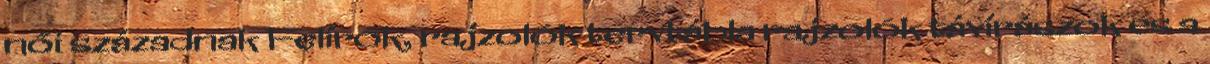
női századnak Felírók, rajzolók tervtábla rajzolók távírászok és a